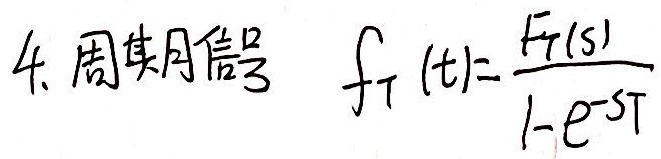
4. 周期信号 \(f_T(t)=\frac{F_T(s)}{1 - e^{-sT}}\)